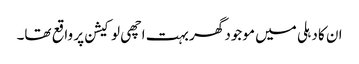
ان کا دہلی میں موجود گھر بہت اچھی لوکیشن پر واقع تھا۔